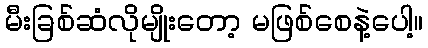
မီးခြစ်ဆံလိုမျိုးတော့ မဖြစ်စေနဲ့ပေါ့။